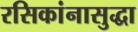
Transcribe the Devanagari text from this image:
रसिकांनासुद्धा